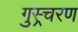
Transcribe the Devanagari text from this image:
गुस्र्चरण